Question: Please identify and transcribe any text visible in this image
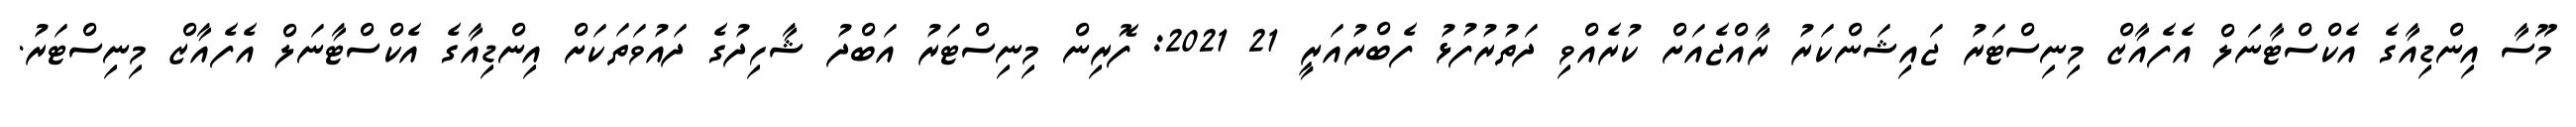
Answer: މޫސާ އިންޑިއާގެ އެކްސްޓާނަލް އެފެއާޒް މިނިސްޓަރު ޖައިޝަންކަރު ރާއްޖެއަށް ކުރެއްވި ދަތުރުފުޅު ފެބްރުއަރީ 21 2021: ފޮރިން މިނިސްޓަރު އަބްދު ޝާހިދުގެ ދައުވަތަކަށް އިންޑިއާގެ އެކްސްޓާނަލް އެފެއާޒް މިނިސްޓަރު.